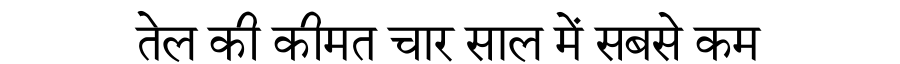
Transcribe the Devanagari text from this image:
तेल की कीमत चार साल में सबसे कम